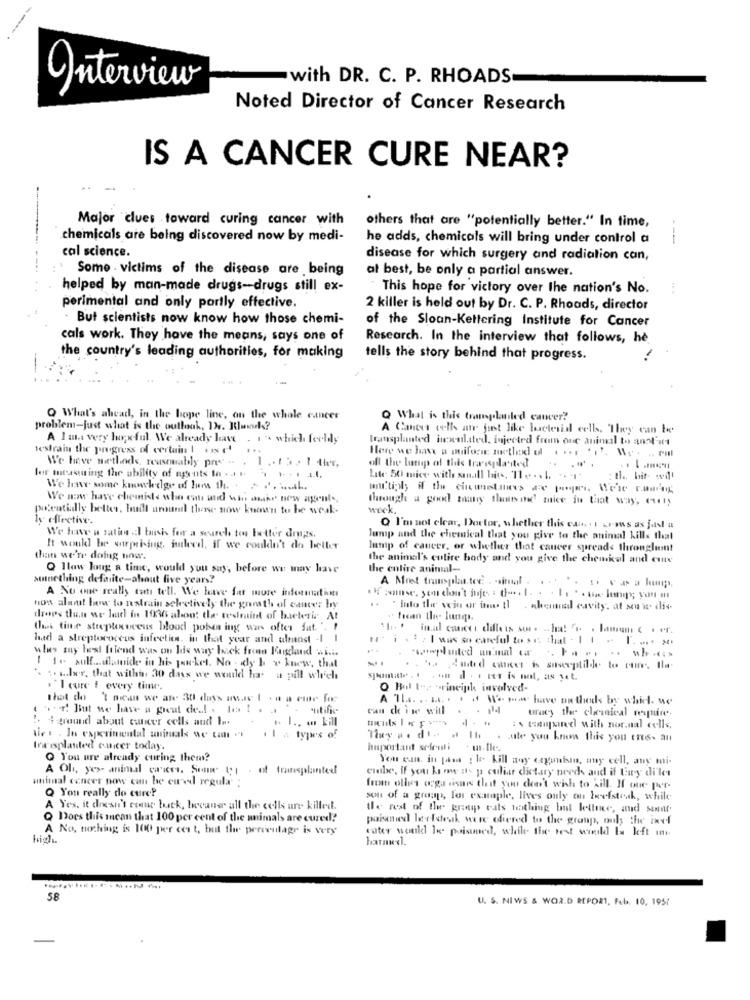
with DR. C. P. RHOADS
Interview
Noted Director of Cancer Research
IS A CANCER CURE NEAR?
Major clues toward curing cancer with
others that are "potentially better." In time,
chemicals are being discovered now by medi-
he adds, chemicals will bring under control a
---
cal science.
disease for which surgery and radiation can,
Some . victims of the disease are being
at best, be only a partial answer.
helped by man-made drugs -- drugs still ex-
This hope for victory over the nation's No.
perimental and only partly effective.
2 killer is held out by Dr. C. P. Rhoads, director
. But scientists now know how those chemi-
of the Sloan-Kettering Institute for Cancer
cals work. They have the means, says one of
Research. In the interview that follows, he
the country's leading authorities, for making
tells the story behind that progress.
--
Q What's ahead, in the hope line, on the whale cancer
Q What is this transplanted cancer?
problem-just what is the outlook, De. Rusko?
A Cancer cells ane just like bacterial cells, They can be
A I am very hopeful. We already have . . . which feeldy
transplanted inoculated, injected frem one animal to anot att
restrain the progress of certain ! For
Here we have a ouiform metledd dl . ... """. Wy. .. cal
We have methods, reasonably pres -. . 1 .. .. . 1 tter,
all the lotup of this transplanted
ler mtastuing the ability of agents la . at 1 1 - 1 1.4.
Lite 50 mice with small bits, Te .. . .. ..
th .. bit- will
We have some know-kelge of lumu th. . . .. ..... L.
We now have chemists who can and win aske' new agent-
through a good zaany thous md mice in that way, (41)
potentially better, built around thewe now known to be weak-
work.
Is effective.
We have a sativa .I basis for a search tos butter drugs.
Q Imnot clear, Doctor, whether this can . 1 Lrows as fast a
Jump and the chemical that you give to the animal kills that
It wouldl be warprising, inleed, if we couldn't do better
lump of cancer, or whether that cancer spread throughout
dan we're doing now.
the animal's culite body and you give the chemkal and cure
Q llaw long a time, would you say, before we may have
the entire animal-
something defalite-about five years?
A Moet transplant. tec. . . sinal
A No one really cat tell. We have far more information
how alantt how to natrain selectively the grosth of cantv: by
" Into the wein or in th . komal cavity, at son's- dis-
drops then we loud in 1936 about the tedmaint of bacteria At
thes tine streplexveeus blood pobes ing was often fat ".
had a streptococcus infecties. in that year and almost -1 1
tt. i . t . I was so careful to se chat - 1 1 - 1. ... #
wles muy best friend was on his way back from Rugland wii.
1 1+ sulf ... dlapide in his pocket. No . dy b v knew, that
. emplated unmal ca . . .. .. w .* >
b. Cated omeet is susceptilde to cure. Ila.
. : mler, that witha: 30 dass we would has a pill which
"I cure i every tinw.
Q Bul tos trinciph involved-
thoot do 'Inican we are 30 days away 1 -o a eine for
A Tla. .. .. . . . * have orthods by which. we
++d! But we have a great deal . to ! . . . life
can ch ise will
tracy the cleanical require.
! +ground about cancer cells and I ..
.. 1 .. . kill
: s toupanedl with nor.nal cells
les . In experimental aniuals we can .
Tiny w. die
suite you know this you (16- an
Irisplanted cuier today.
huportant scienti
Q You are already curing them?
You en. int pisa ! le kill any ergunisan, muy cell, any mi-
A Oh, yes- animal careces, Sonne CI . of transplanted
clube, If you know as p culiar dietary needs and if tury di'let
utrimal concer now can be cured regula :
Q You really do cure?
fit olives ooga sismos thif you don't wish to kill. If one per-
son of a graap, for example, lives only on beefsteak, while
A Yes, it doesn't come back, hevaner all the cells un killed.
the rest of the group cats nothing but lettuce, and Senat
Does this scan that 100 per cent of the animals are cured?"
poisoned leelsteak were offered to the group, only the invl
A No, nothing is 100 per ces t, but the percentage is very
cater wonkl le poismed, while the west windld ba left int
high
harne <1.
58
U. S. NEWS & WORLD REPORT, Feb. 10, 1957